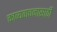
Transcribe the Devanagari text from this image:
काव्यवाचनासाठी